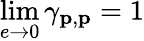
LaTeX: \operatorname*{lim}_{e\to 0}\gamma_{\mathbf{p},\mathbf{p}}=1